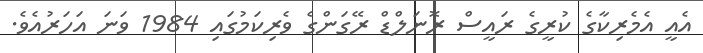
އެއީ އެމެރިކާގެ ކުރީގެ ރައީސް ރޮނަލްޑް ރޭގަންގެ ވެރިކަމުގައި 1984 ވަނަ އަހަރުއެވެ.